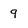
Character: 9